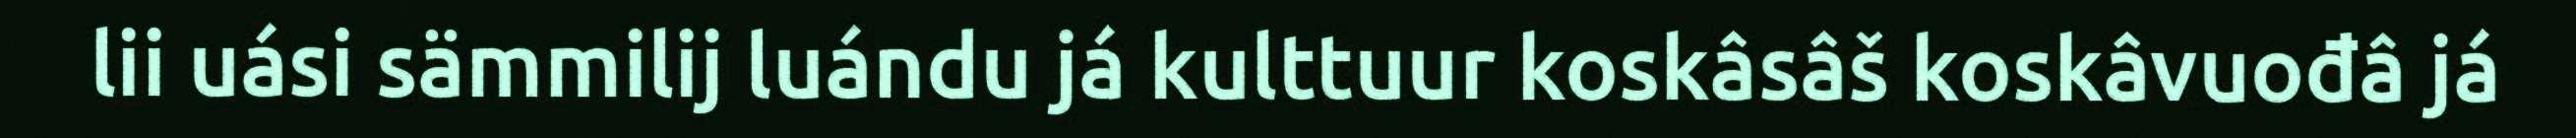
lii uási sämmilij luándu já kulttuur koskâsâš koskâvuođâ já